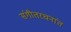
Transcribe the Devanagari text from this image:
संगीतरचनांत